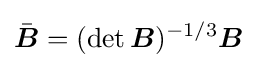
{\bar {\boldsymbol {B}}}=(\det {\boldsymbol {B}})^{-1/3}{\boldsymbol {B}}